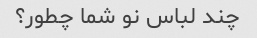
چند لباس نو شما چطور؟